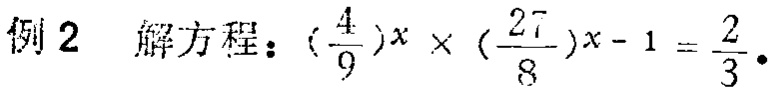
例2 解方程：\((\frac{4}{9})^x\times(\frac{27}{8})^{x - 1}=\frac{2}{3}\)。